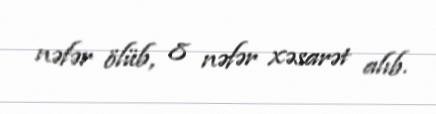
nəfər ölüb, 8 nəfər xəsarət alıb.